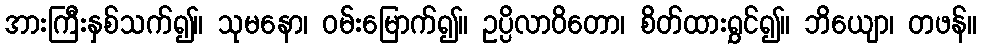
အားကြီးနှစ်သက်၍။ သုမနော၊ ဝမ်းမြောက်၍။ ဥပ္ပိလာဝိတော၊ စိတ်ထားရွှင်၍။ ဘိယျော၊ တဖန်။